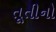
તૂતીનો